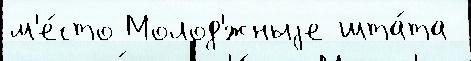
м'е́сто Молод'́жныjе шта́та